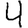
Digit: 4